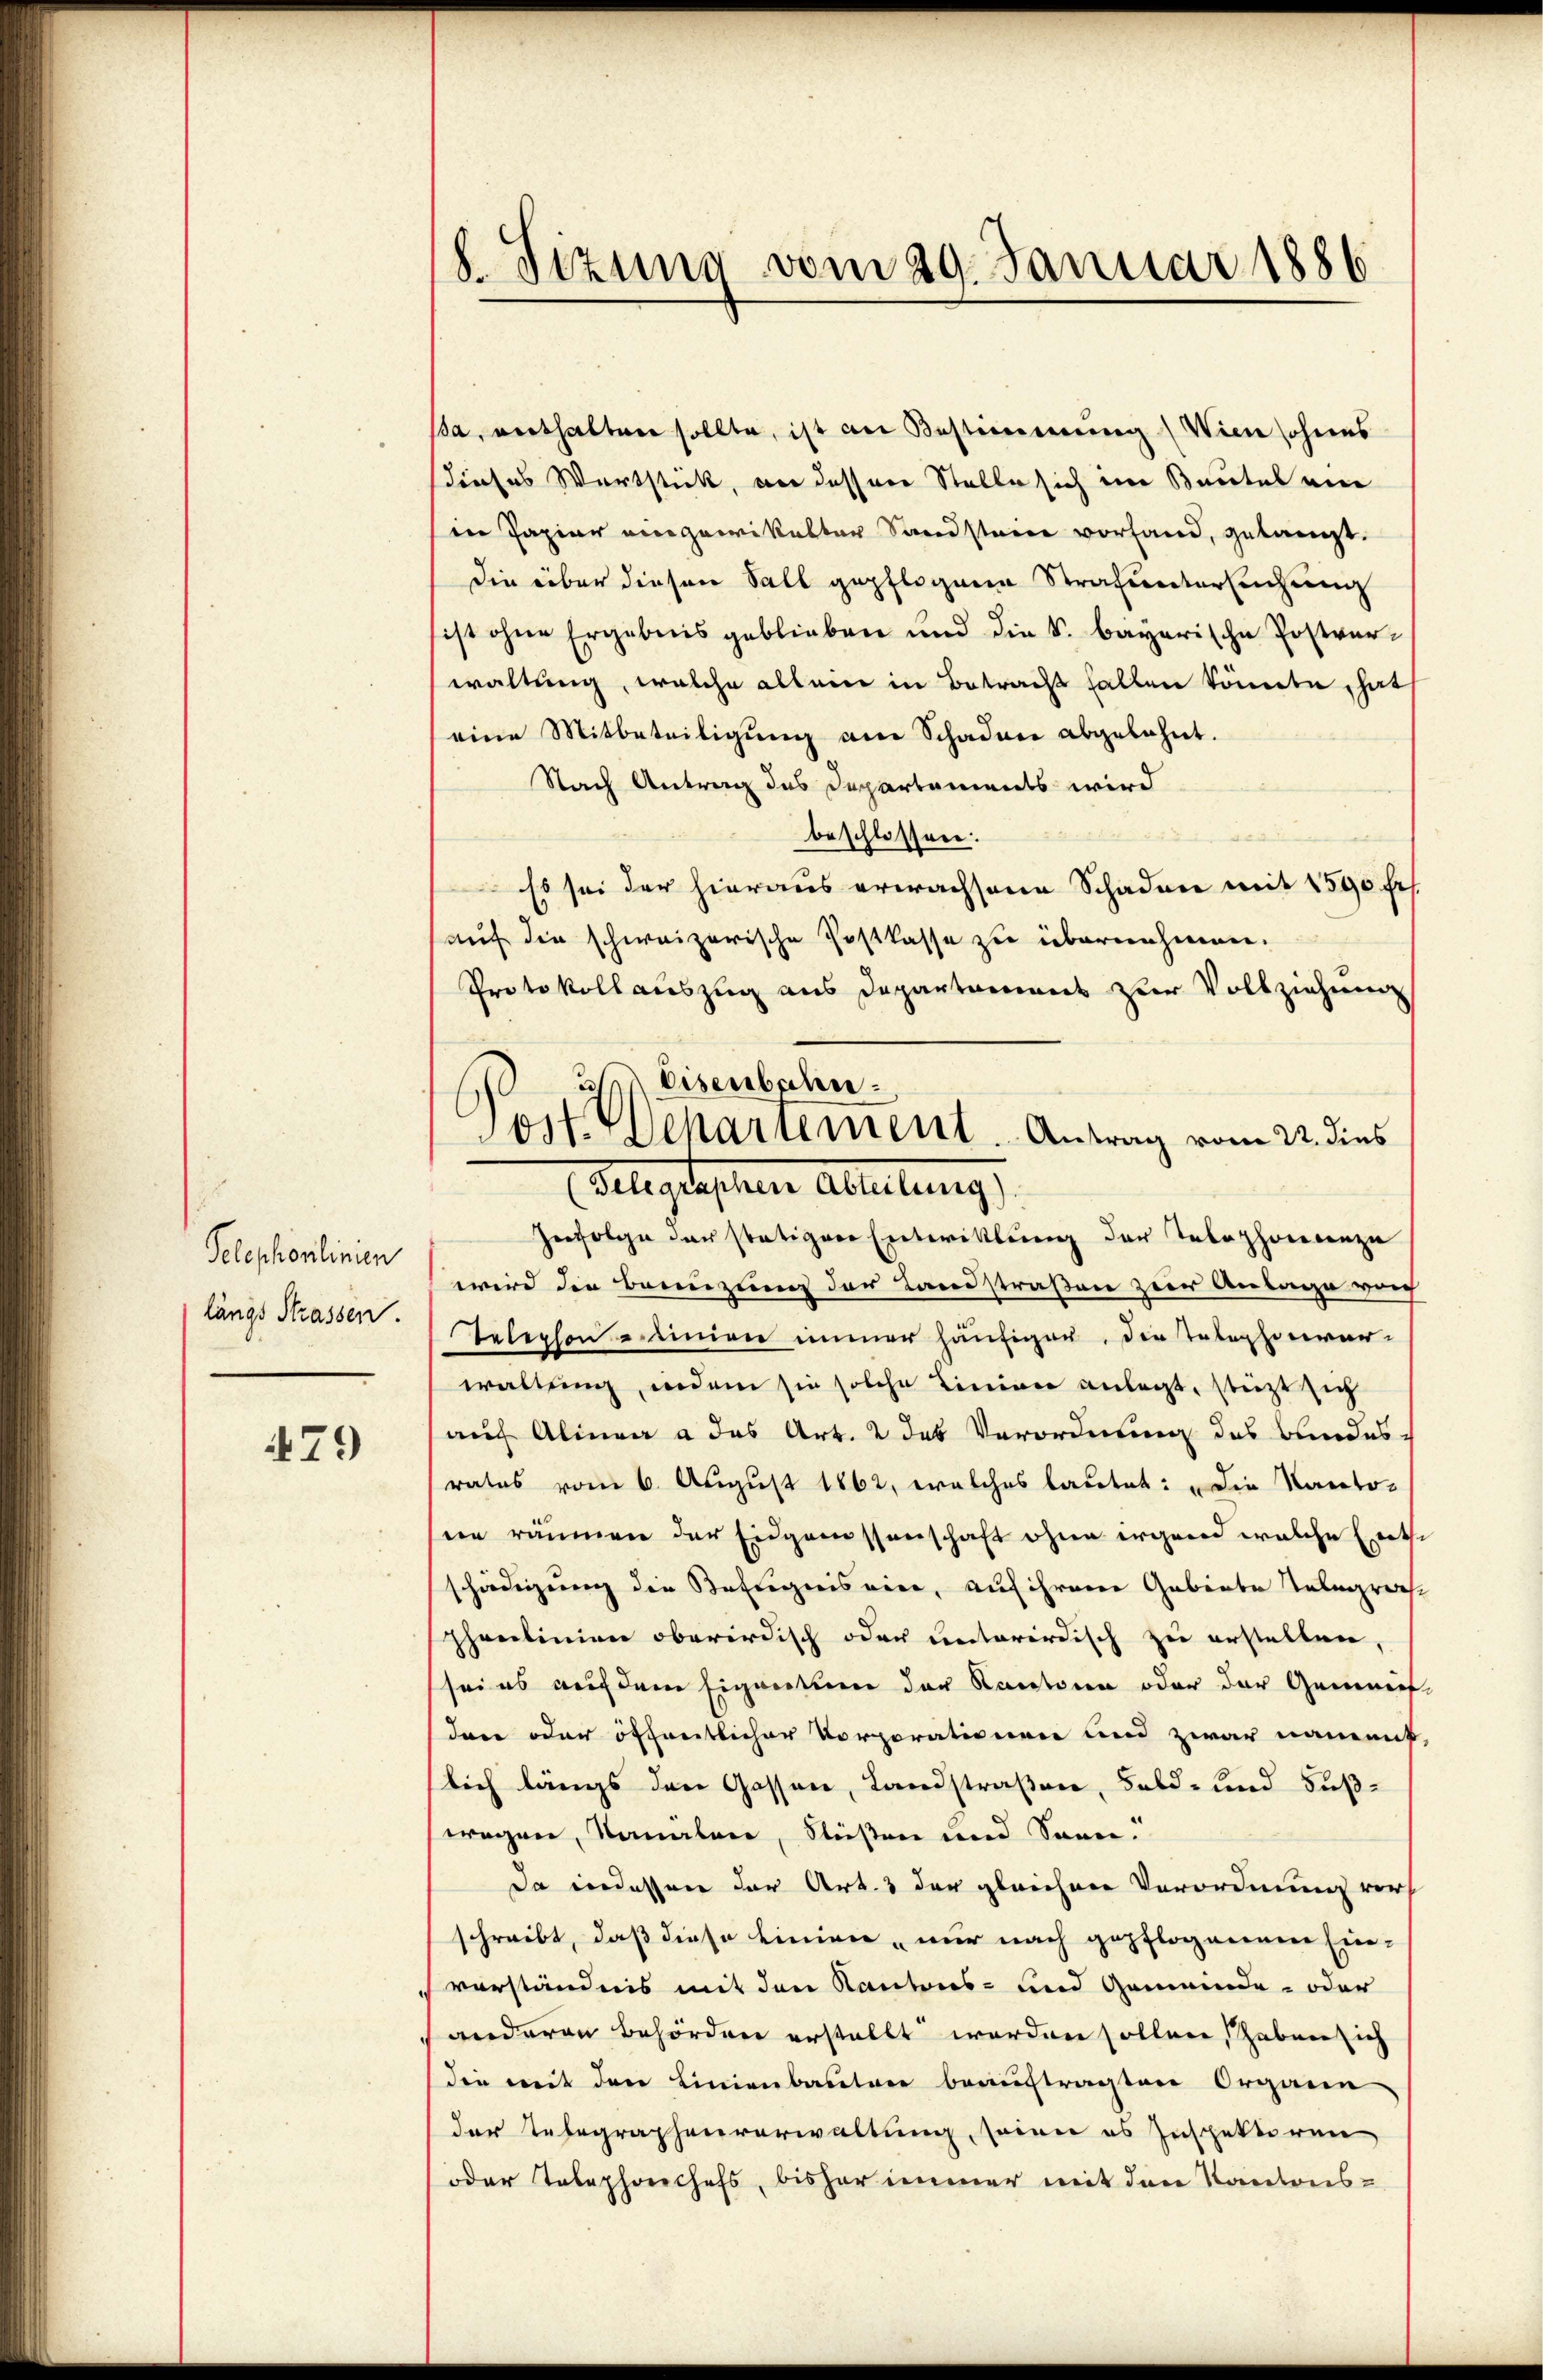
Pelephonlinien
längs Strassen.

479

8. Sizung vom 29. Januar 1886

ssa, verthalten sollte, ist an Bestimmung (Wien ohnes
dieses Wortstick, vor desser Stelle sich im Bautel ei
in Papier angewikelter Sandsten vorfand, gelangt.
die über diesen Sall gepflogene Strafuntersuchung
ist ohne Ergebnis geblieben und die S. bayerische Postverwaltung, welche allein in Betracht halten könnte, hat
eine Mitbeteiligung am Schaden abgelehnt.
Nach Antrag des Departaments wird
beschlossen:
Es sei der hieraus erwachsene Schaden mit 1590 fr.
auf die schweizerische Postkasse zu übernehmen.
Protokollauszug aus Departement zur Vollziehung
Zufolge der stätigen Entwicklung der Telephonienze
wird die Bannzung der Landstraßen zur Anlage vor
Telephonien immer häufiger, die Telephonver-
waltung, indem sie solche Linier anlegt, stützt sich
auf Alinea a das Art. 2 des Verordnung des Bundes-
rates vom 6. August 1862, welches lautet: „Die Kanto-
ein räumen der Eidgenossenschaft ohne irgend welche Ent
schädigung die Befugnis vier, auf ihrere Gebiete Telegrech
phenlinien oberirdisch oder unterirdisch zu erstellen,
sei es auf dem Eigentum der Kantone oder der Gemeins
den oder öffentlicher Vorporationen und zwar nament
lich längs den Gassen, Landstraßen, Feld- und Fuß-
wegen, sonalen, Flüßen und Sonne.
Da indessen der Art. 3 der gleichen Verordnung verschreibt, daß diese Linien, nur nach gepflogenem Ein-
verständnis mit den Kantons- und Gemeinde- oder
anderen Behördener erstellt werden sollen, haben sich
die mit der Linienbaueter beauftragten Organe
der Telegraphenverwaltung, seien es Inspektoren
oder Telephoechefs, bisher immer mit den Kantons¬

Eisenbahn.
Post. Departement. Antrag vom 22. dies
Aegetaschen Arbeitung,